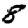
Digit: 8